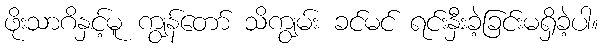
ဖိုးသာဂိနှင့်မူ ကျွန်တော် သိကျွမ်း ခင်မင် ရင်းနှီးခဲ့ခြင်းမရှိခဲ့ပါ။